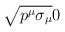
LaTeX: \begin{align*}\sqrt{p^{\mu }\sigma _{\mu }} & 0 \\ \end{align*}